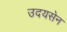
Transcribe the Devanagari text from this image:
उदयसेन